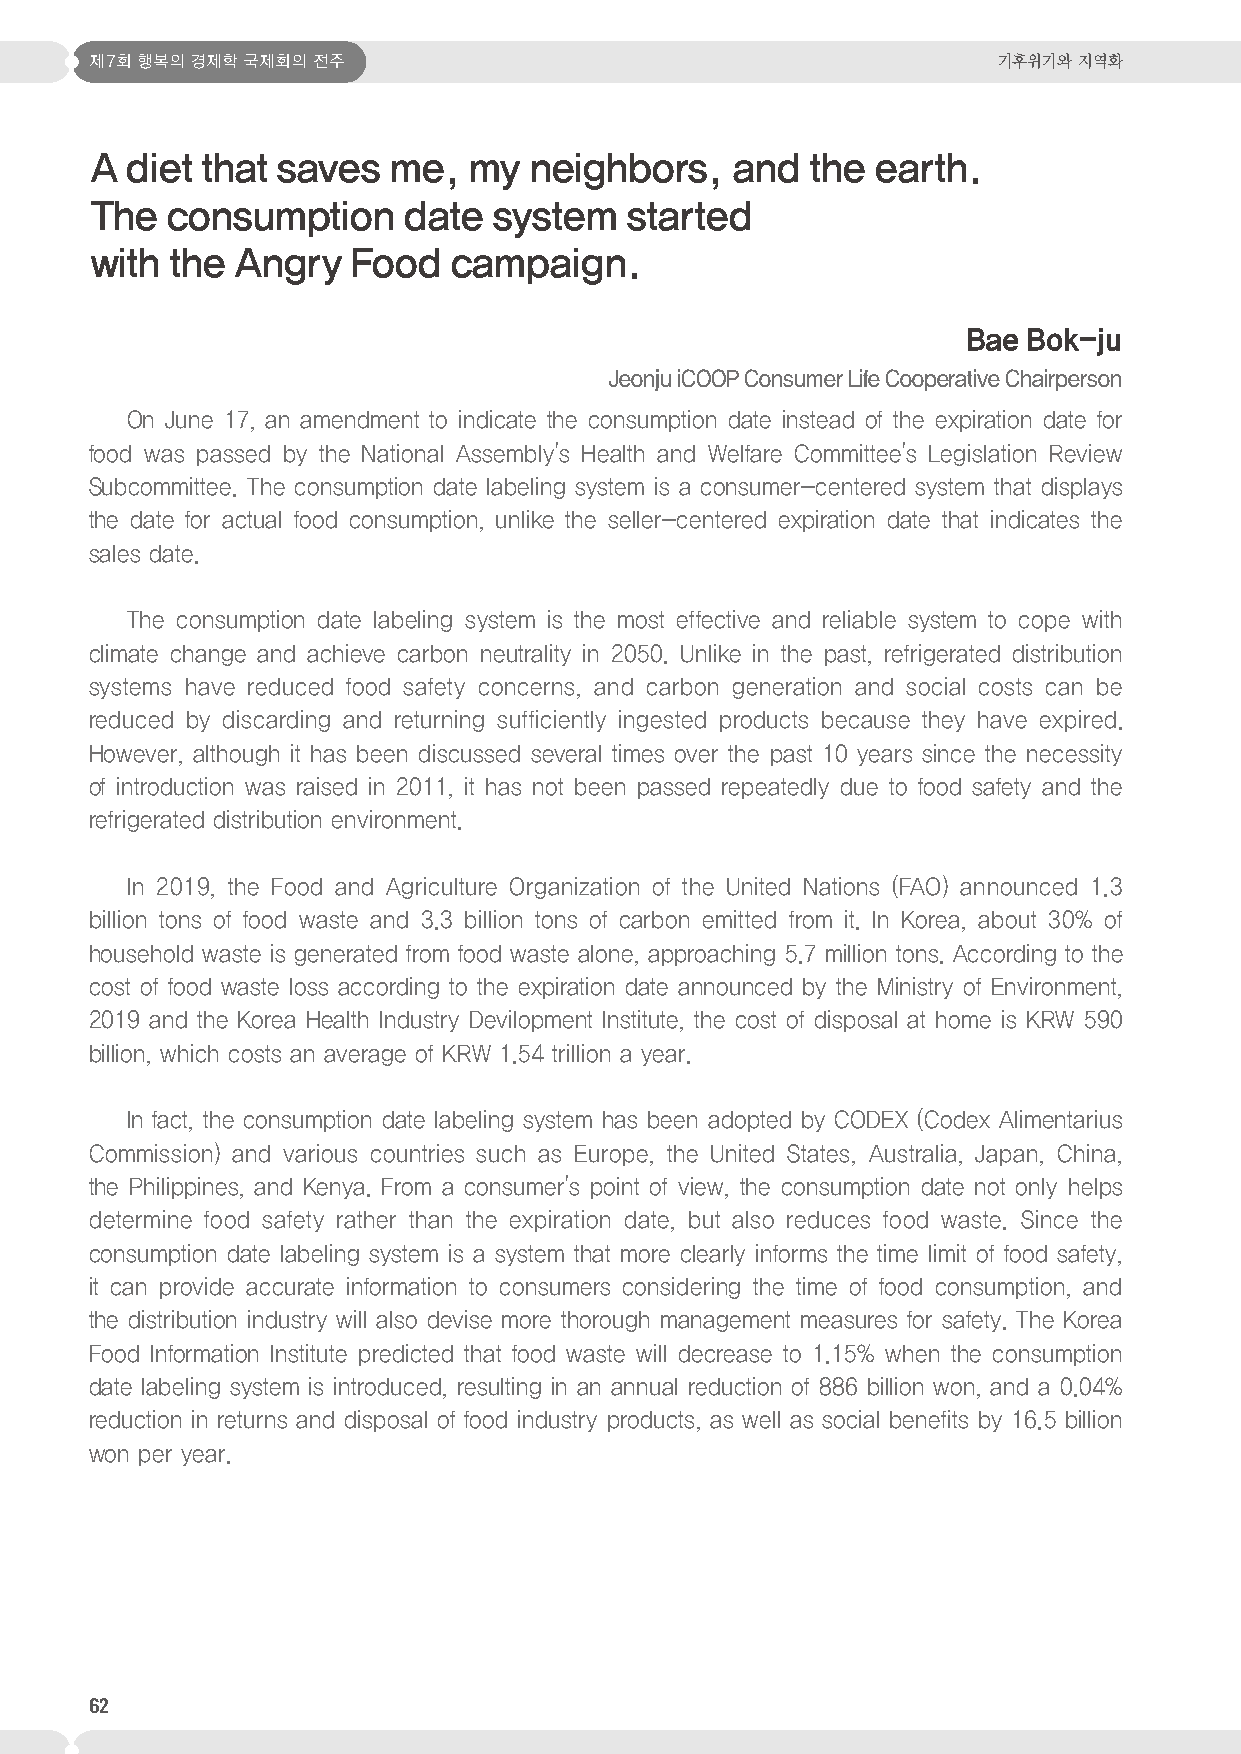
제7회 행복의 경제학 국제회의 전주                                         기후위기와 지역화
 A diet that saves   me,  my  neighbors,   and  the  earth.
 The  consumption     date  system  started
 with the Angry   Food   campaign.
 Bae Bok-ju
 Jeonju iCOOP Consumer Life Cooperative Chairperson
 On June 17, an amendment to indicate the consumption date instead of the expiration date for
 food was passed by the National Assembly's Health and Welfare Committee's Legislation Review
 Subcommittee. The consumption date labeling system is a consumer-centered system that displays
 the date for actual food consumption, unlike the seller-centered expiration date that indicates the
 sales date.
 The consumption date labeling system is the most effective and reliable system to cope with
 climate change and achieve carbon neutrality in 2050. Unlike in the past, refrigerated distribution
 systems have reduced food safety concerns, and carbon generation and social costs can be
 reduced by discarding and returning sufficiently ingested products because they have expired.
 However, although it has been discussed several times over the past 10 years since the necessity
 of introduction was raised in 2011, it has not been passed repeatedly due to food safety and the
 refrigerated distribution environment.
 In 2019, the Food and Agriculture Organization of the United Nations (FAO) announced 1.3
 billion tons of food waste and 3.3 billion tons of carbon emitted from it. In Korea, about 30% of
 household waste is generated from food waste alone, approaching 5.7 million tons. According to the
 cost of food waste loss according to the expiration date announced by the Ministry of Environment,
 2019 and the Korea Health Industry Devilopment Institute, the cost of disposal at home is KRW 590
 billion, which costs an average of KRW 1.54 trillion a year.
 In fact, the consumption date labeling system has been adopted by CODEX (Codex Alimentarius
 Commission) and various countries such as Europe, the United States, Australia, Japan, China,
 the Philippines, and Kenya. From a consumer's point of view, the consumption date not only helps
 determine food safety rather than the expiration date, but also reduces food waste. Since the
 consumption date labeling system is a system that more clearly informs the time limit of food safety,
 it can provide accurate information to consumers considering the time of food consumption, and
 the distribution industry will also devise more thorough management measures for safety. The Korea
 Food Information Institute predicted that food waste will decrease to 1.15% when the consumption
 date labeling system is introduced, resulting in an annual reduction of 886 billion won, and a 0.04%
 reduction in returns and disposal of food industry products, as well as social benefits by 16.5 billion
 won per year.
 62